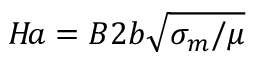
H \! a = B 2 b \sqrt { \sigma _ { m } / \mu }